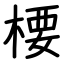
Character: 楆